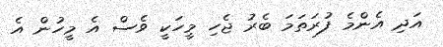
އަދި އެންމެ ފުރަތަމަ ބެރު ޖެހި މީހަކީ ވެސް އެ މީހުން އެ